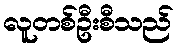
လူတစ်ဦးစီသည်